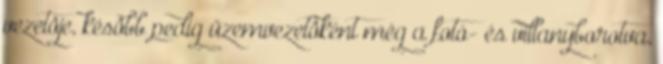
vezetôje, késôbb pedig üzemvezetôként még a fotó- és villanyborotva,